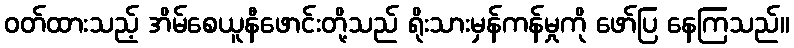
ဝတ်ထားသည့် အိမ်စေယူနီဖောင်းတို့သည် ရိုးသားမှန်ကန်မှုကို ဖော်ပြ နေကြသည်။